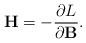
LaTeX: \begin{align*}\mathbf{H}=-\frac{\partial L}{\partial\mathbf{B}}.\end{align*}